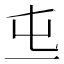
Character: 𠀏